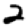
Digit: 2